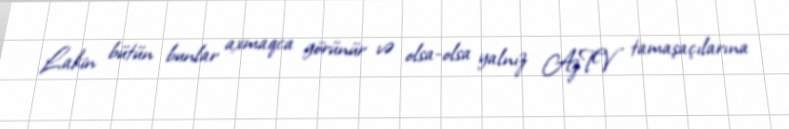
Lakin bütün bunlar axmaqca görünür və olsa-olsa yalnız AzTV tamaşaçılarına